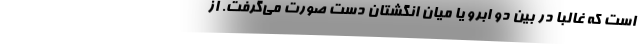
است که غالباً در بین دو ابرو یا میان انگشتان دست صورت می‌گرفت. از